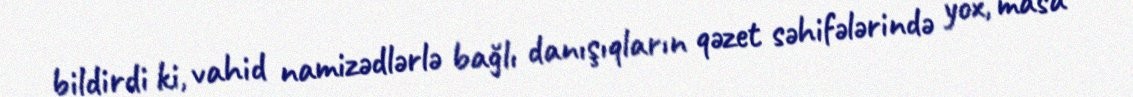
bildirdi ki, vahid namizədlərlə bağlı danışıqların qəzet səhifələrində yox, masa